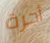
أجرة